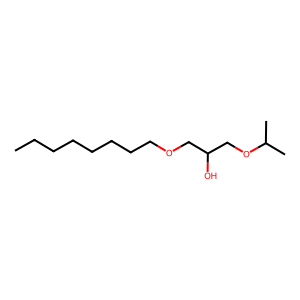
SMILES: CCCCCCCCOCC(O)COC(C)C
Inhibits HIV replication: No